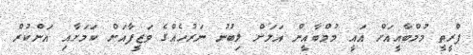
ޕްރީތީ މުމްބާއީއަށް އައީ މުމްބާއީން އަލަށް ލިބުނު ނަރުހެއްގެ ވަޒީފާއަށް ކަމަށާއި އަންކުރް